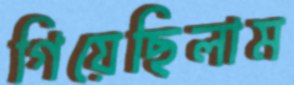
গিয়েছিলাম